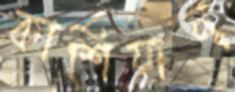
কাশিয়ানূ